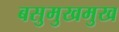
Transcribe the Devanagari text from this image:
बसुमुखमुख